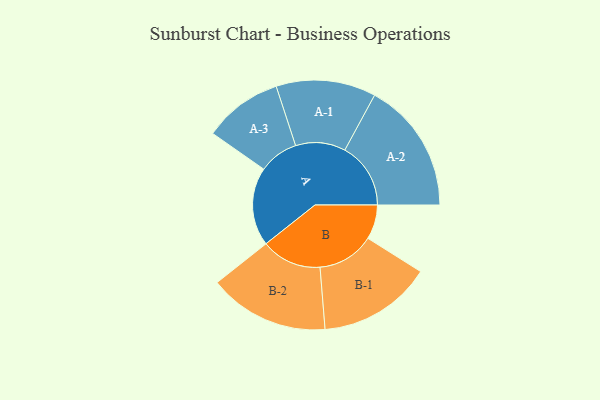
{"axis": {"x": "Segment", "y": "Value"}, "legend": ["", "A", "B"], "data": [{"x": "A", "y": 280, "type": ""}, {"x": "B", "y": 123, "type": ""}, {"x": "A-1", "y": 178, "type": "A"}, {"x": "A-2", "y": 235, "type": "A"}, {"x": "A-3", "y": 141, "type": "A"}, {"x": "B-1", "y": 203, "type": "B"}, {"x": "B-2", "y": 215, "type": "B"}]}